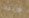
لابنك